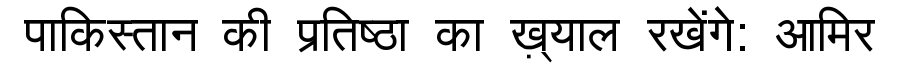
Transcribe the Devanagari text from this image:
पाकिस्तान की प्रतिष्ठा का ख़्याल रखेंगे: आमिर